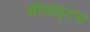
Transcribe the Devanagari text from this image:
सोसाइटस